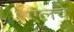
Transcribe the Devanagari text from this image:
एलचे